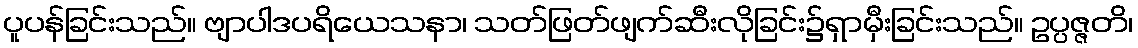
ပူပန်ခြင်းသည်။ ဗျာပါဒပရိယေသနာ၊ သတ်ဖြတ်ဖျက်ဆီးလိုခြင်း၌ရှာမှီးခြင်းသည်။ ဥပ္ပဇ္ဇတိ၊